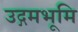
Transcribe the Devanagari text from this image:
उद्गमभूमि